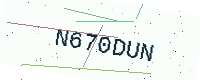
Text: N670DUN